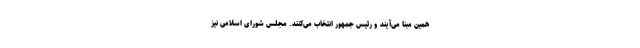
همین مبنا می‌آیند و رئیس جمهور انتخاب می‌کنند. مجلس شورای اسلامی نیز